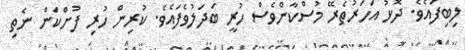
ލިބިފައެވެ. ދޮޅު އަހަރުތެރޭ މުސްކާންވެސް ހުރީ ބަދަލުވެފައެވެ. ކުރިން ހުރި ފުށްކަން ނެތި